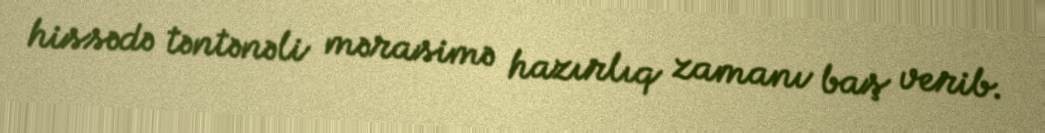
hissədə təntənəli mərasimə hazırlıq zamanı baş verib.